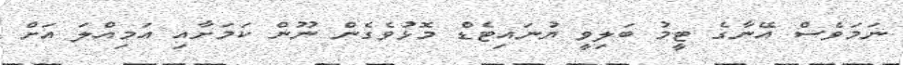
ނަމަވެސް އޭނާގެ ޓީމު ބަލިވީ ޔުނައިޓެޑް މޮޅުވެގެން ނޫން ކަމަށާއި އަމިއްލަ އަށް